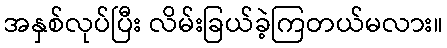
အနှစ်လုပ်ပြီး လိမ်းခြယ်ခဲ့ကြတယ်မလား။